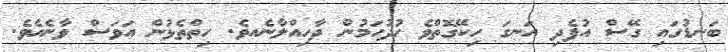
ބަނޑުގައި ގޭސް އުފެދި އަނގަ ހިކޭގޮތްވެ ހުދުހަމުން ދާހިއްލާނެއވެ. ހިތްތެޅުން އަވަސް ވާނެއެވެ.